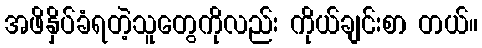
အဖိနှိပ်ခံရတဲ့သူတွေကိုလည်း ကိုယ်ချင်းစာ တယ်။